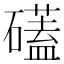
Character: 礚